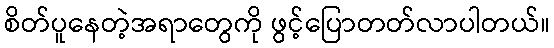
စိတ်ပူနေတဲ့အရာတွေကို ဖွင့်ပြောတတ်လာပါတယ်။